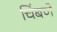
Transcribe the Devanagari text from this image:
चिंबणे